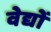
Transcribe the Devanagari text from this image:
वेद्यों